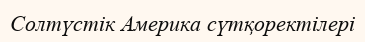
Солтүстік Америка сүтқоректілері